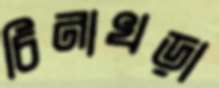
চিনাখড়া